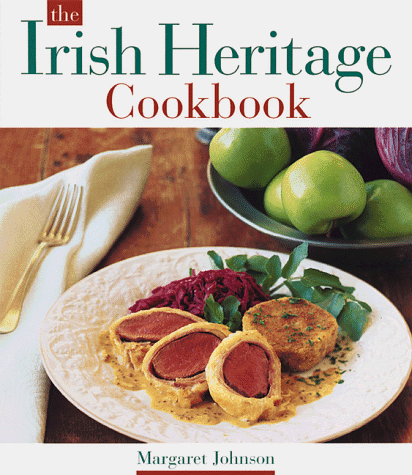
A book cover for The Irish Heritage Cookbook; Margaret Johnson; Health, Fitness & Dieting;